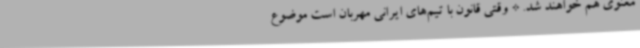
معنوی هم خواهند شد. * وقتی قانون با تیم‌های ایرانی مهربان است موضوع